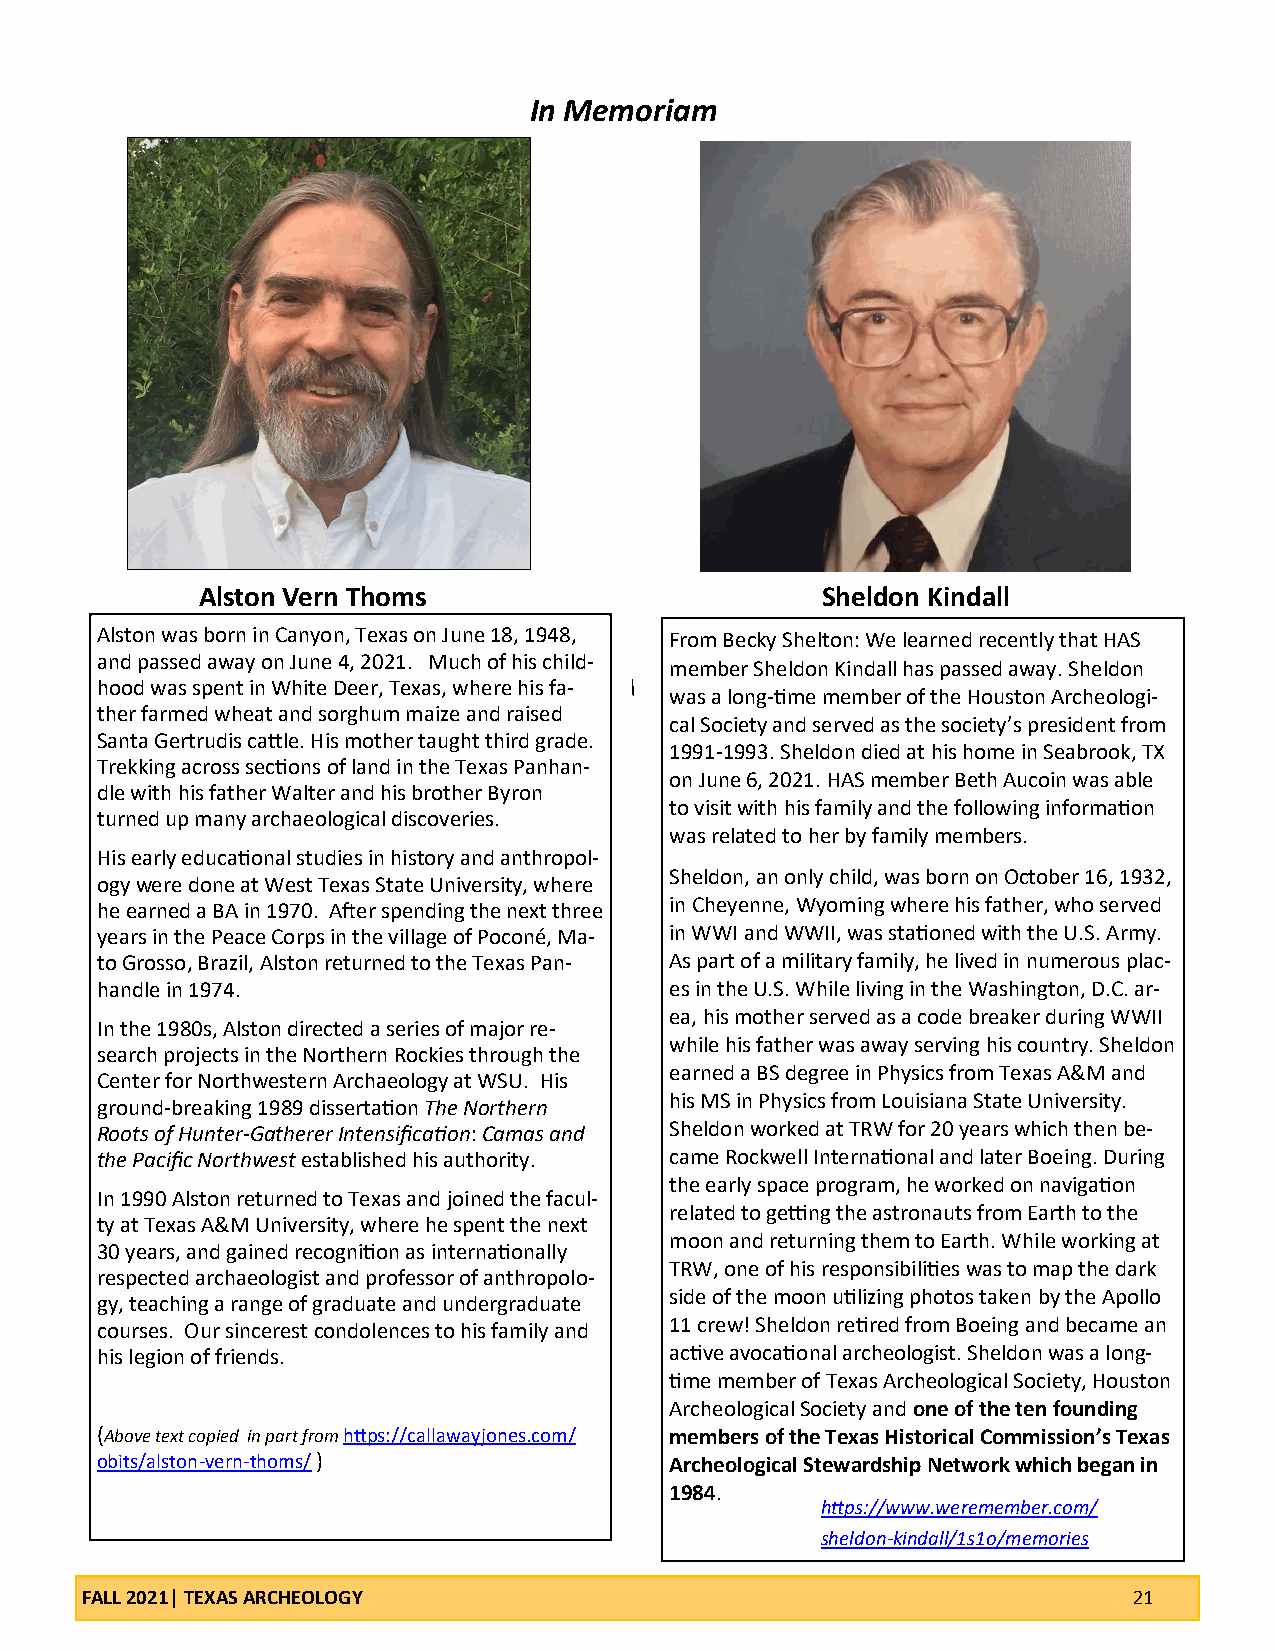
In Memoriam
 Alston Vern Thoms                        Sheldon Kindall
 Alston was born in Canyon, Texas on June 18, 1948, From Becky Shelton: We learned recently that HAS
 and passed away on June 4, 2021. Much of his child-
 member Sheldon Kindall has passed away. Sheldon
 hood was spent in White Deer, Texas, where his fa-
 was a long-time member of the Houston Archeologi-
 ther farmed wheat and sorghum maize and raised
 cal Society and served as the society’s president from
 Santa Gertrudis cattle. His mother taught third grade.
 1991-1993. Sheldon died at his home in Seabrook, TX
 Trekking across sections of land in the Texas Panhan-
 on June 6, 2021. HAS member Beth Aucoin was able
 dle with his father Walter and his brother Byron
 to visit with his family and the following information
 turned up many archaeological discoveries.
 was related to her by family members.
 His early educational studies in history and anthropol-
 Sheldon, an only child, was born on October 16, 1932,
 ogy were done at West Texas State University, where
 he earned a BA in 1970. After spending the next three in Cheyenne, Wyoming where his father, who served
 years in the Peace Corps in the village of Poconé, Ma- in WWI and WWII, was stationed with the U.S. Army.
 to Grosso, Brazil, Alston returned to the Texas Pan- As part of a military family, he lived in numerous plac-
 handle in 1974.                       es in the U.S. While living in the Washington, D.C. ar-
 ea, his mother served as a code breaker during WWII
 In the 1980s, Alston directed a series of major re-
 while his father was away serving his country. Sheldon
 search projects in the Northern Rockies through the
 earned a BS degree in Physics from Texas A&M and
 Center for Northwestern Archaeology at WSU. His
 his MS in Physics from Louisiana State University.
 ground-breaking 1989 dissertation The Northern
 Roots of Hunter-Gatherer Intensification: Camas and Sheldon worked at TRW for 20 years which then be-
 the Pacific Northwest established his authority. came Rockwell International and later Boeing. During
 the early space program, he worked on navigation
 In 1990 Alston returned to Texas and joined the facul-
 related to getting the astronauts from Earth to the
 ty at Texas A&M University, where he spent the next
 moon and returning them to Earth. While working at
 30 years, and gained recognition as internationally
 TRW, one of his responsibilities was to map the dark
 respected archaeologist and professor of anthropolo-
 side of the moon utilizing photos taken by the Apollo
 gy, teaching a range of graduate and undergraduate
 courses. Our sincerest condolences to his family and 11 crew! Sheldon retired from Boeing and became an
 his legion of friends.                active avocational archeologist. Sheldon was a long-
 time member of Texas Archeological Society, Houston
 Archeological Society and one of the ten founding
 (Above text copied in part from https://callawayjones.com/ members of the Texas Historical Commission’s Texas
 obits/alston-vern-thoms/ )            Archeological Stewardship Network which began in
 1984.
 https://www.weremember.com/
 sheldon-kindall/1s1o/memories
 FALL 2021| TEXAS ARCHEOLOGY                                           21